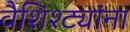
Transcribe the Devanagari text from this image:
वैशिश्ट्यांना